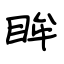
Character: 眸